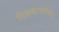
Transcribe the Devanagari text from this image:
विश्रब्धनवोढा।